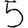
Digit: 5